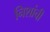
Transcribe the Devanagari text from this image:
निशांची